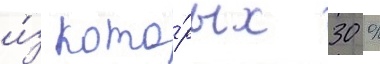
и́з кото́рых 30 %